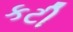
કટી